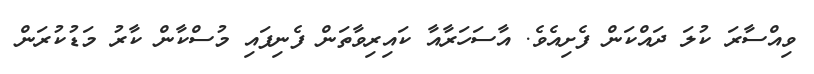
ވިއްސާރަ ކުލަ ދައްކަން ފެށިއެވެ. އާސަހަރާއާ ކައިރިވާތަން ފެނިފައި މުސްކާން ކާރު މަޑުކުރަން